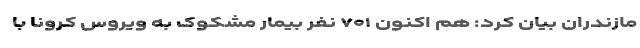
مازندران بیان کرد: هم اکنون ۷۰۱ نفر بیمار مشکوک به ویروس کرونا با